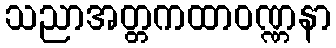
သညာအတ္တကထာဝဏ္ဏနာ